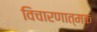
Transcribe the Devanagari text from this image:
विचारणात्मक